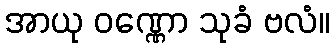
အာယု ဝဏ္ဏော သုခံ ဗလံ။